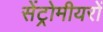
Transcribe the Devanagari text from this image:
सेंट्रोमीयरों